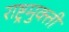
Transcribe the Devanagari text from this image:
राष्ट्रमुक्ती